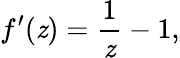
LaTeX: f^{\prime}(\mathit{z})={\frac{{1}}{{\mathit{z}}}}-1,